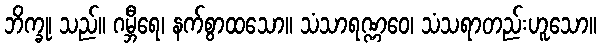
ဘိက္ခု၊ သည်။ ဂမ္ဘီရေ၊ နက်စွာထသော။ သံသာရဏ္ဏဝေ၊ သံသရာတည်းဟူသော။